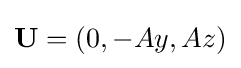
\mathbf {U} =(0,-Ay,Az)